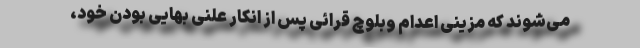
می‌شوند که مزینی اعدام وبلوچ قرائی پس از انکار علنی بهایی بودن خود،